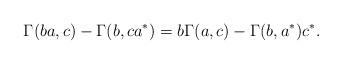
LaTeX: \begin{gather*}\Gamma(ba, c)-\Gamma(b, ca^*)=b\Gamma(a,c)-\Gamma(b, a^*)c^*.\end{gather*}